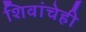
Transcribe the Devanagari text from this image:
शिवांचेही